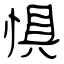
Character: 惧